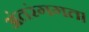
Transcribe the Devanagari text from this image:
अंतरंगगत।